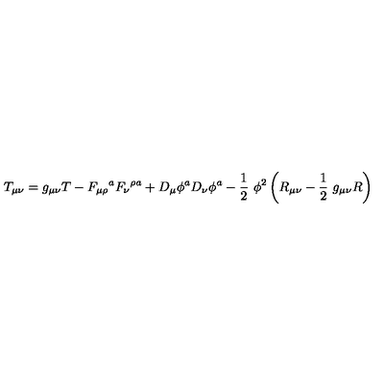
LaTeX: T _ { \mu \nu } = g _ { \mu \nu } T - F _ { \mu \rho } \mathrm { } ^ { a } F _ { \nu } \mathrm { } ^ { \rho a } + D _ { \mu } \phi ^ { a } D _ { \nu } \phi ^ { a } - \frac { 1 } { 2 } \ \phi ^ { 2 } \left( R _ { \mu \nu } - \frac { 1 } { 2 } \ g _ { \mu \nu } R \right)